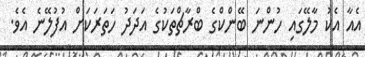
އެއާ އެކު މާލޭގައި ހުންނަ ބޭންކްގެ ބްރާޗްތަކުގެ އަދަދު ހަތަރަކަށް އުފުލޭނެ އެވެ.